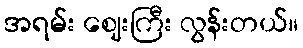
အရမ်း ဈေးကြီး လွန်းတယ်။